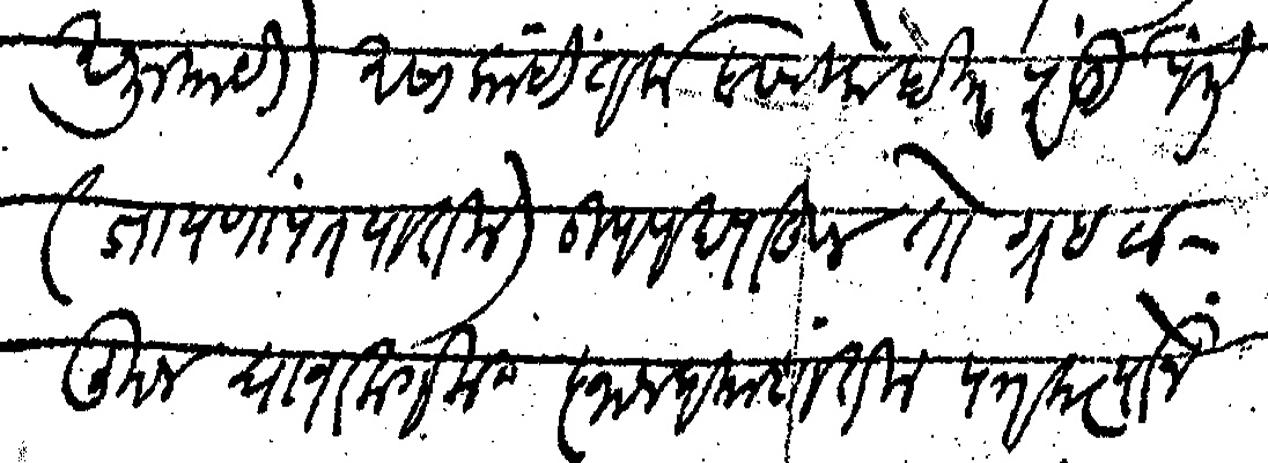
Transliteration (Devanagari): अनुयायी  असा काही तर्क बसविला होता परंतु पंत जायणापंत यातील उपपद पाहून तो ग्रह टाकून द्यावा लागला ज्ञानप्रकाशातील पत्रकर्त्याने